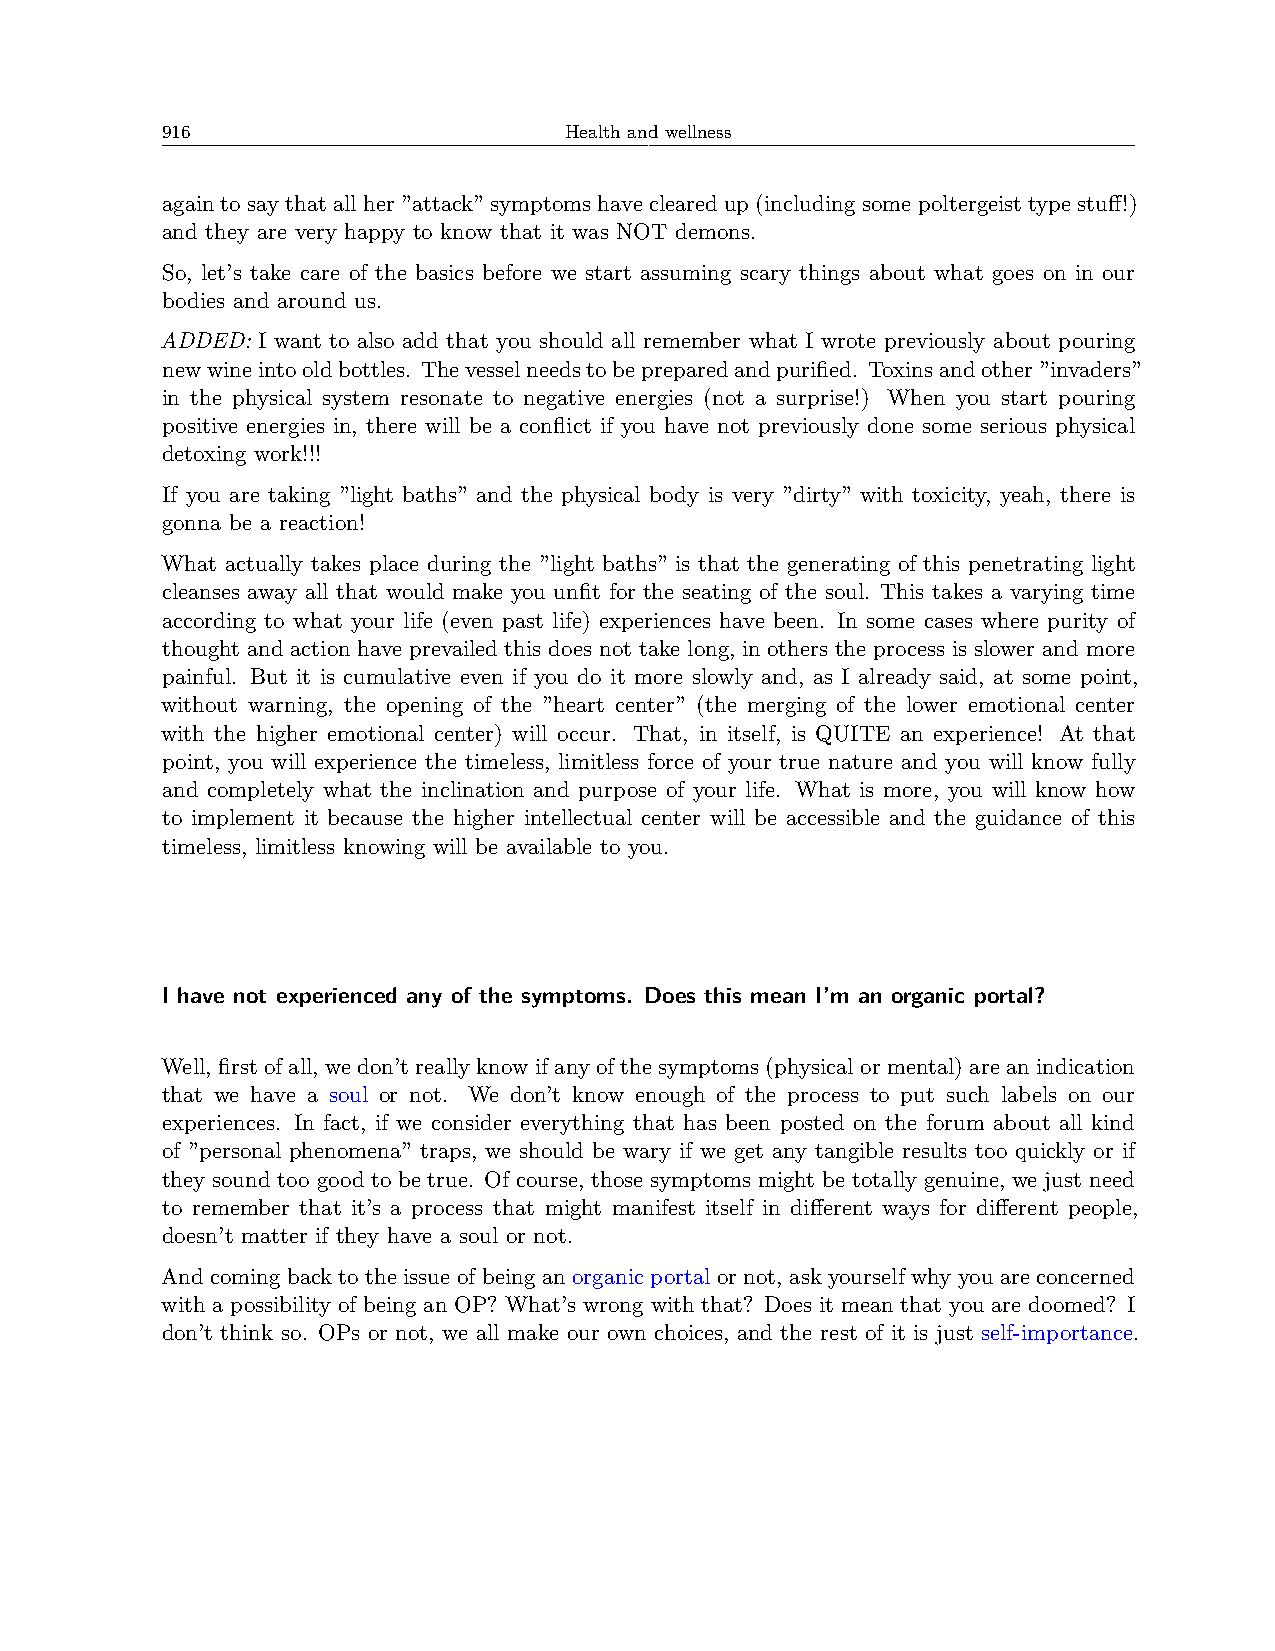
916                       Health and wellness
 againtosaythatallher”attack”symptomshaveclearedup(includingsomepoltergeisttypestuff!)
 and they are very happy to know that it was NOT demons.
 So, let’s take care of the basics before we start assuming scary things about what goes on in our
 bodies and around us.
 ADDED: I want to also add that you should all remember what I wrote previously about pouring
 newwineintooldbottles. Thevesselneedstobepreparedandpurified. Toxinsandother”invaders”
 in the physical system resonate to negative energies (not a surprise!) When you start pouring
 positive energies in, there will be a conflict if you have not previously done some serious physical
 detoxing work!!!
 If you are taking ”light baths” and the physical body is very ”dirty” with toxicity, yeah, there is
 gonna be a reaction!
 What actually takes place during the ”light baths” is that the generating of this penetrating light
 cleanses away all that would make you unfit for the seating of the soul. This takes a varying time
 according to what your life (even past life) experiences have been. In some cases where purity of
 thought and action have prevailed this does not take long, in others the process is slower and more
 painful. But it is cumulative even if you do it more slowly and, as I already said, at some point,
 without warning, the opening of the ”heart center” (the merging of the lower emotional center
 with the higher emotional center) will occur. That, in itself, is QUITE an experience! At that
 point, you will experience the timeless, limitless force of your true nature and you will know fully
 and completely what the inclination and purpose of your life. What is more, you will know how
 to implement it because the higher intellectual center will be accessible and the guidance of this
 timeless, limitless knowing will be available to you.
 I have not experienced any of the symptoms. Does this mean I’m an organic portal?
 Well, first of all, we don’t really know if any of the symptoms (physical or mental) are an indication
 that we have a soul or not. We don’t know enough of the process to put such labels on our
 experiences. In fact, if we consider everything that has been posted on the forum about all kind
 of ”personal phenomena” traps, we should be wary if we get any tangible results too quickly or if
 they sound too good to be true. Of course, those symptoms might be totally genuine, we just need
 to remember that it’s a process that might manifest itself in different ways for different people,
 doesn’t matter if they have a soul or not.
 And coming back to the issue of being an organic portal or not, ask yourself why you are concerned
 with a possibility of being an OP? What’s wrong with that? Does it mean that you are doomed? I
 don’t think so. OPs or not, we all make our own choices, and the rest of it is just self-importance.